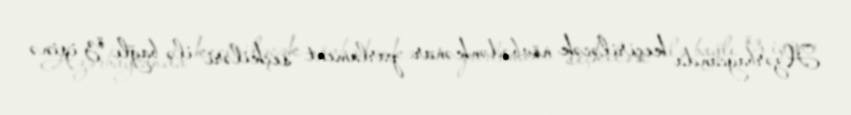
Azərbaycanda keçiriləcək növbədənkənar parlament seçkiləri ilə bağlı öz işinə